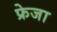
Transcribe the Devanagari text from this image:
फ्रेजा